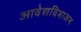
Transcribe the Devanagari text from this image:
आवेशविभाजन